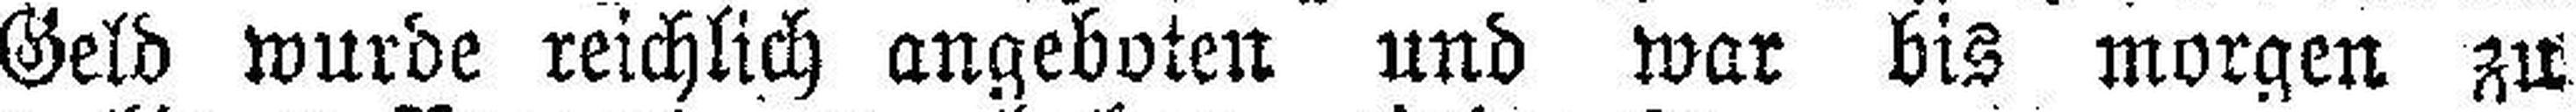
Geld wurde reichlich angeboten und war bis morgen zu